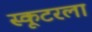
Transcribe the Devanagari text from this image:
स्कूटरला